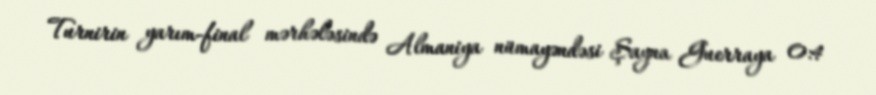
Turnirin yarım-final mərhələsində Almaniya nümayəndəsi Şayna Guerraya 0:4